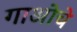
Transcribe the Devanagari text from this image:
गाओचे